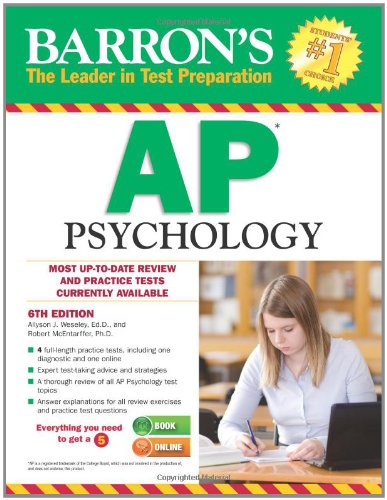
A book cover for Barron's AP Psychology, 6th Edition; Allyson J. Weseley Ed.D.; Test Preparation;